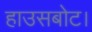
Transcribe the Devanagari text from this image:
हाउसबोट।